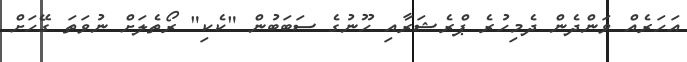
އަހަރެއް ވަންދެން ދެމިހުރެ ޕްރެޝަރާއި ހޫނުގެ ސަބަބުން "ކެކި" ރޯތެލަށް ނުވަތަ ގޭހަށް